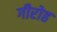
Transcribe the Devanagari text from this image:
गीरोह